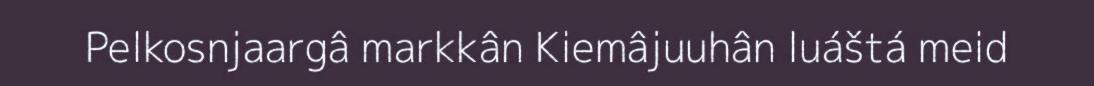
Pelkosnjaargâ markkân Kiemâjuuhân luáštá meid